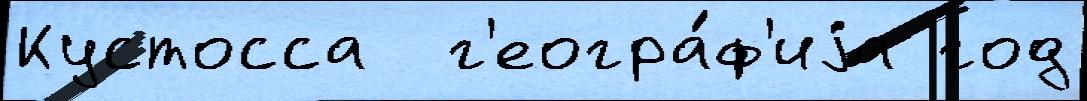
Кустосса  г'еогра́ф'иjа год